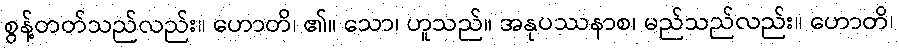
စွန့်တတ်သည်လည်း။ ဟောတိ၊ ၏။ သော၊ ဟူသည်။ အနုပဿနာစ၊ မည်သည်လည်း။ ဟောတိ၊